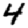
Digit: 4